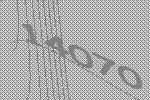
14070